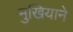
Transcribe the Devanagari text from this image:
मुखियाने